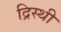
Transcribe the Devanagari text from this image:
द्रिस्थी